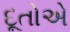
દૂતોએ